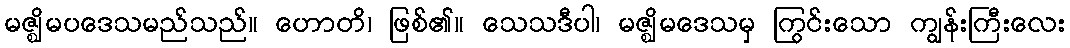
မဇ္ဈိမပဒေသမည်သည်။ ဟောတိ၊ ဖြစ်၏။ သေသဒီပါ၊ မဇ္ဈိမဒေသမှ ကြွင်းသော ကျွန်းကြီးလေး